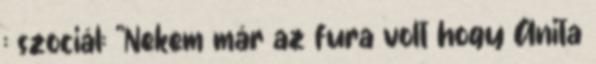
: szociál: "Nekem már az fura volt hogy Anita